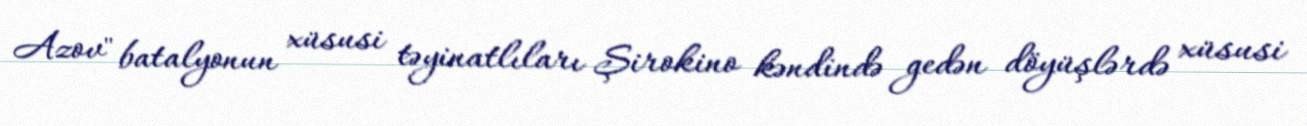
Azov" batalyonun xüsusi təyinatlıları Şirokino kəndində gedən döyüşlərdə xüsusi